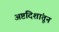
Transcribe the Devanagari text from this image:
अष्टदिशांतून